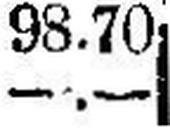
—.—